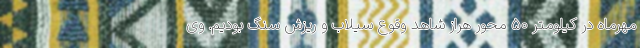
مهرماه در کیلومتر ۵۰ محور هراز شاهد وقوع سیلاب و ریزش سنگ بودیم. وی